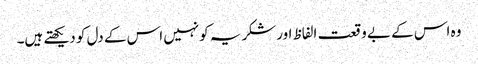
وہ اس کے بے وقعت الفاظ اورشکریہ کونہیں اس کے دل کو دیکھتے ہیں۔